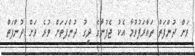
ވަށް ދުންފަތް ތައާރަފުވުމާ އެކު ޖެފުނާގެ ދިގު ދުންފަތަށް ވުރެ ވަށް ދުންފަތް